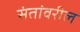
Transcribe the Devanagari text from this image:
संतांवरील